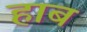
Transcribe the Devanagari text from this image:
हाब